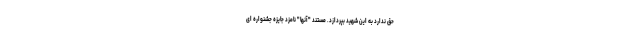
حق ندارد به این شهید بپردازد. مستند "آنها" نامزد جایزه جشنواره ای